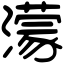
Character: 濛